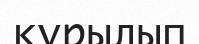
кұрылып